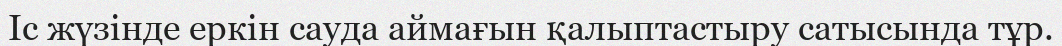
Іс жүзінде еркін сауда аймағын қалыптастыру сатысында тұр.